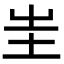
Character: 𡉚